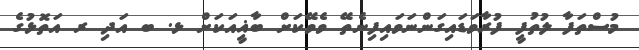
މުސްތަފާ ލުތުފީ ފުރާވަޑައިގަންނަވައިފިނެތޭ ވެވޭކަށް ބާޣީއަކަށް ޅ. ބ އަދި ރ އަތޮޅުގެ